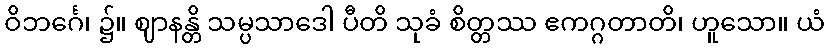
ဝိဘင်္ဂေ၊ ၌။ ဈာနန္တိ သမ္ပသာဒေါ ပီတိ သုခံ စိတ္တဿ ဧကဂ္ဂတာတိ၊ ဟူသော။ ယံ